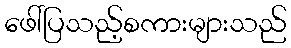
ဖေါ်ပြသည့်စကားများသည်